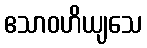
ဧသာဝဟိယျသေ